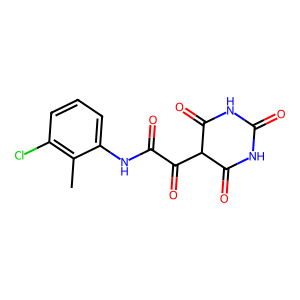
SMILES: Cc1c(Cl)cccc1NC(=O)C(=O)C1C(=O)NC(=O)NC1=O
Inhibits HIV replication: No